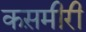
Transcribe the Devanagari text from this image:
कस़मीरी